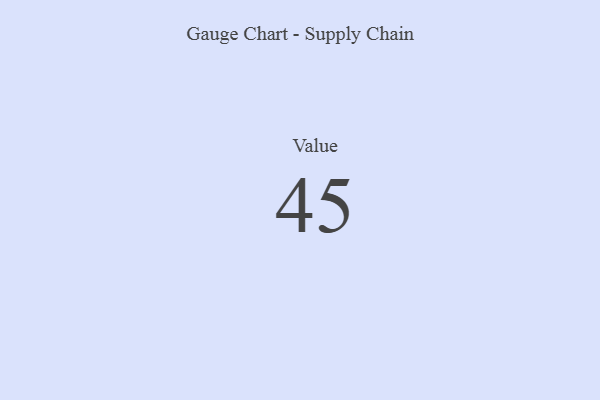
{"axis": {"x": "Metric", "y": "Value"}, "legend": [""], "data": [{"x": "Value", "y": 45, "type": ""}]}